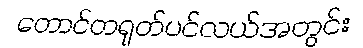
တောင်တရုတ်ပင်လယ်အတွင်း